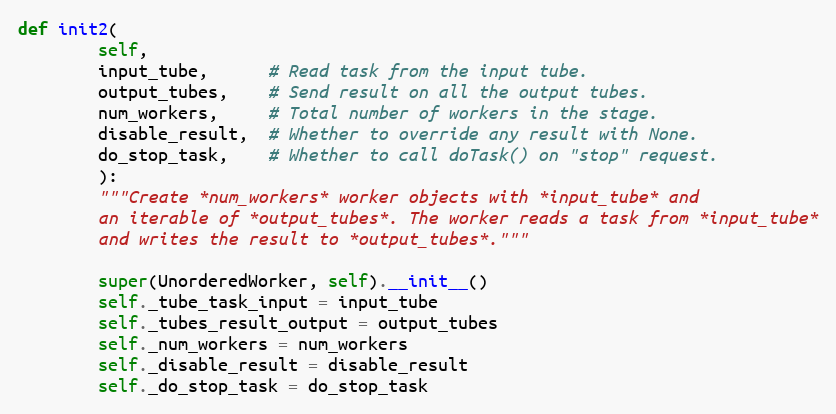
Language: Python
def init2(
        self,
        input_tube,      # Read task from the input tube.
        output_tubes,    # Send result on all the output tubes.
        num_workers,     # Total number of workers in the stage.
        disable_result,  # Whether to override any result with None.
        do_stop_task,    # Whether to call doTask() on "stop" request.
        ):
        """Create *num_workers* worker objects with *input_tube* and
        an iterable of *output_tubes*. The worker reads a task from *input_tube*
        and writes the result to *output_tubes*."""

        super(UnorderedWorker, self).__init__()
        self._tube_task_input = input_tube
        self._tubes_result_output = output_tubes
        self._num_workers = num_workers
        self._disable_result = disable_result
        self._do_stop_task = do_stop_task